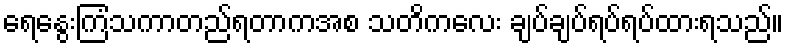
ရေနွေးကြံသကာတည်ရတာကအစ သတိကလေး ချပ်ချပ်ရပ်ရပ်ထားရသည်။